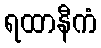
ရထာနီကံ